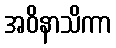
အဝိနာသိကာ